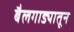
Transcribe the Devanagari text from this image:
बैलगाड्यातून